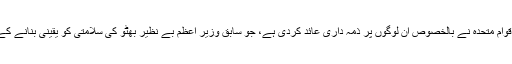
ان کے مطابق اقوام متحدہ نے بالخصوص ان لوگوں پر ذمہ داری عائد کردی ہے، جو سابق وزیر اعظم بے نظیر بھٹو کی سلامتی کو یقینی بنانے کے ذمہ دار تھے۔